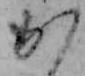
か